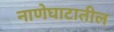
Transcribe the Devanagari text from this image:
नाणेघाटातील